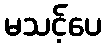
မသင့်ပေ